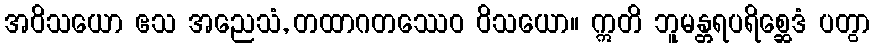
အဝိသယော ဧသ အညေသံ, တထာဂတဿေဝ ဝိသယော။ ဣတိ ဘူမန္တရပရိစ္ဆေဒံ ပတွာ